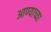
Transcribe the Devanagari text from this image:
आण्याच्या